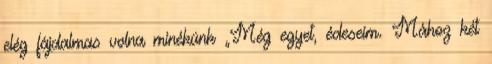
elég fájdalmas volna minékünk „Még egyet, édeseim. Mához két